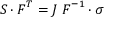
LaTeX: { \boldsymbol { S } } \cdot { \boldsymbol { F } } ^ { T } = J ~ { \boldsymbol { F } } ^ { - 1 } \cdot { \boldsymbol { \sigma } }